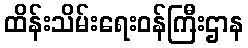
ထိန်းသိမ်းရေးဝန်ကြီးဌာန